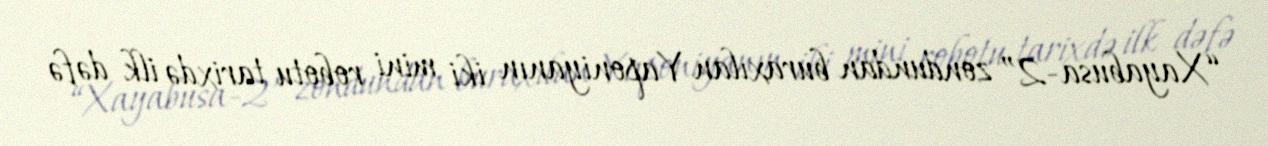
“Xayabusa-2” zondundan buraxılan Yaponiyanın iki mini robotu tarixdə ilk dəfə